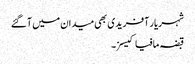
شہریار آفریدی بھی میدان میں آگئے
قبضہ مافیا کیسز۔